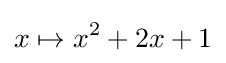
x\mapsto x^{2}+2x+1